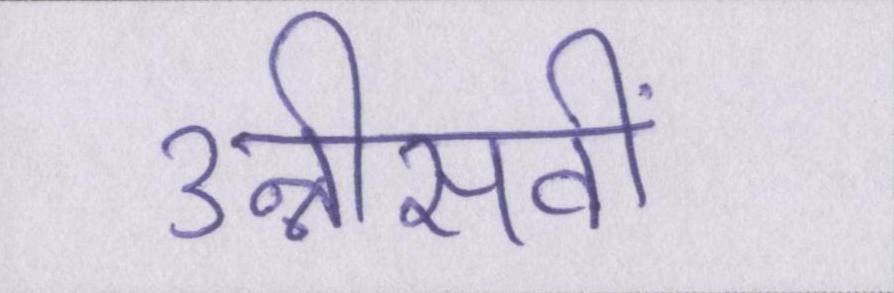
उन्नीसवीं